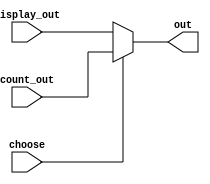
`timescale 1ns / 1ps
//////////////////////////////////////////////////////////////////////////////////
// Company: 
// Engineer: 
// 
// Design Name: 
// Module Name: choose
// Project Name: 
// Target Devices: 
// Tool Versions: 
// Description: 
// 
// Dependencies: 
// 
// Revision:
// Revision 0.01 - File Created
// Additional Comments:
// 
//////////////////////////////////////////////////////////////////////////////////


module choose(
    input [31:0] display_out,
    input [31:0] count_out,
    input choose,
    output [31:0] out
    );
    assign out=choose?count_out:display_out;
endmodule